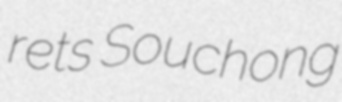
rets Souchong